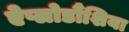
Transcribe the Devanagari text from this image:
ऐप्लोडौंशिया